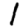
Digit: 1